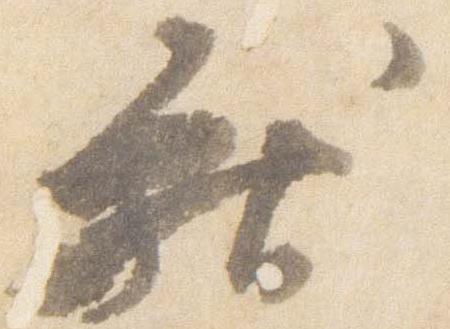
献